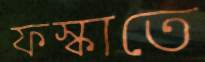
ফস্‌কাতে